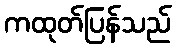
ကထုတ်ပြန်သည်